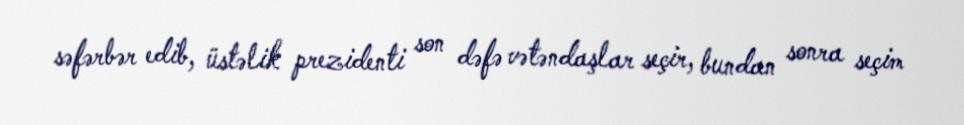
səfərbər edib, üstəlik prezidenti son dəfə vətəndaşlar seçir, bundan sonra seçim